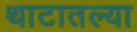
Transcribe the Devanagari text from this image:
थाटातल्या